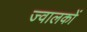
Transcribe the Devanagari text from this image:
ज्वालकों